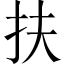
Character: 扶